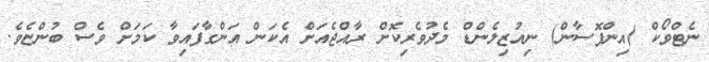
ނެޓްވޯކް (އިންފޮސާން) ނިއުޒިލެންޑް މެދުވެރިކޮށް ރާއްޖެއަށް އެކަން އަންގާފައިވާ ކަމަށް ވެސް ބުންޏެވެ.